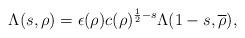
LaTeX: \begin{align*}\Lambda(s, \rho) = \epsilon(\rho) c(\rho)^{\frac{1}{2}-s} \Lambda(1-s, \overline{\rho}),\end{align*}